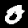
Label: 0